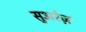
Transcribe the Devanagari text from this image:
सुअरेज़